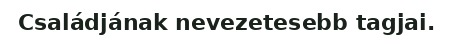
Családjának nevezetesebb tagjai.